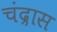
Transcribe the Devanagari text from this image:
चंद्रास